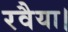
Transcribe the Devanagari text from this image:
रवैया।